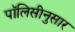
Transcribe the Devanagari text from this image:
पॉलिसीनुसार